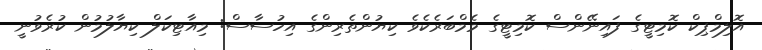
އޮލިމްޕިކް ކޮމިޓީގެ ފައިނޭންސް ކޮމިޓީގެ މެމްބަރެކެވެ ކިޔުންތެރިންގެ އިހުސާސް: މިއާޓިކަލް ކިޔާލުމުން ކުރެވުނީ